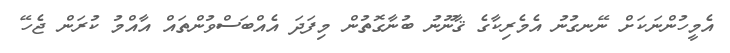
އެމީހުންނަކަށް ނޭނގުނު އެމެރިކާގެ ޤާނޫނު ބުނާގޮތުން މިފަދަ އެއްބަސްވުންތައް އާއްމު ކުރަން ޖެހޭ